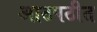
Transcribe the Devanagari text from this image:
आठपठीत